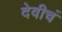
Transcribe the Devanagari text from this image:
देवीचं